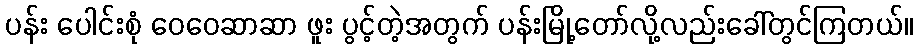
ပန်း ပေါင်းစုံ ဝေဝေဆာဆာ ဖူး ပွင့်တဲ့အတွက် ပန်းမြို့တော်လို့လည်းခေါ်တွင်ကြတယ်။